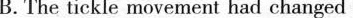
B. The tickle movement had changed